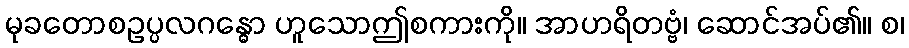
မုခတောစဥပ္ပလဂန္ဓော ဟူသောဤစကားကို။ အာဟရိတဗ္ဗံ၊ ဆောင်အပ်၏။ စ၊